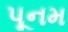
પૂનમ